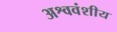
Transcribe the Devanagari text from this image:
अश्ववंशीय